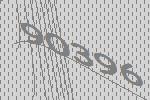
90396